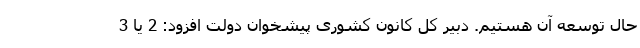
حال توسعه آن هستیم. دبیر کل کانون کشوری پیشخوان دولت افزود: 2 یا 3